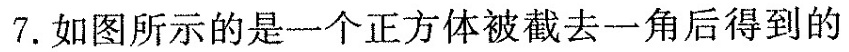
7.如图所示的是一个正方体被截去一角后得到的